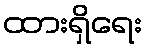
ထားရှိရေး